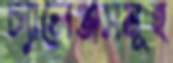
চ্যালেঞ্জসমূহ